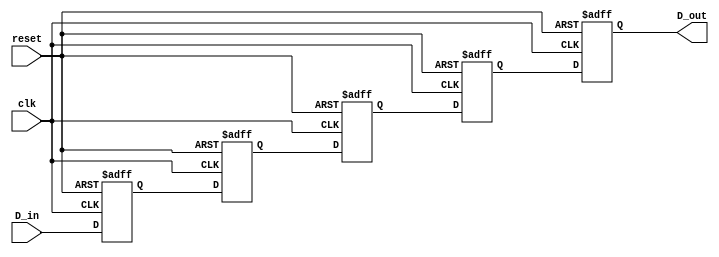
module multistage_register #(
    parameter WIDTH = 8,      // Width of the data bus
    parameter STAGES = 4      // Number of register stages
)(
    input wire clk,           // Clock signal
    input wire reset,         // Reset signal
    input wire [WIDTH-1:0] D_in, // Input data bus
    output reg [WIDTH-1:0] D_out // Output data bus
);

    // Internal register array to hold the data for each stage
    reg [WIDTH-1:0] registers [0:STAGES-1];

    integer i;

    always @(posedge clk or posedge reset) begin
        if (reset) begin
            // Clear all registers on reset
            for (i = 0; i < STAGES; i = i + 1) begin
                registers[i] <= {WIDTH{1'b0}}; // Set to known state (0)
            end
            D_out <= {WIDTH{1'b0}}; // Clear output
        end else begin
            // Shift the register values on clock edge
            registers[0] <= D_in; // Capture input in the first stage
            for (i = 1; i < STAGES; i = i + 1) begin
                registers[i] <= registers[i-1]; // Shift data to next stage
            end
            D_out <= registers[STAGES-1]; // Output from the last stage
        end
    end

endmodule